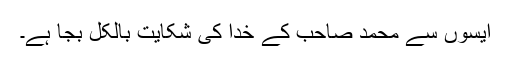
ایسوں سے محمد صاحب کے خدُا کی شکایت بالکل بجا ہے۔